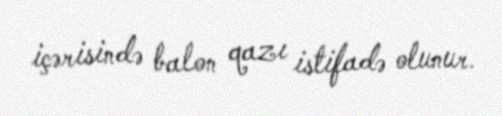
içərisində balon qazı istifadə olunur.